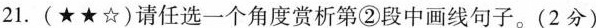
21.(★★☆)请任选一个角度赏析第②段中国线句子。（2分）